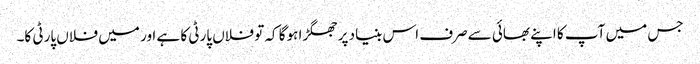
جس میں آپ کا اپنے بھائی سےصرف اس بنیاد پر جھگڑا ہوگا کہ تو فلاں پارٹی کا ہے اور میں فلاں پارٹی کا۔